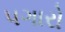
પગારો